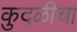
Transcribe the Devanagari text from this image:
कुदळीचा